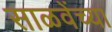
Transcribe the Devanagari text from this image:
साळवेंच्या